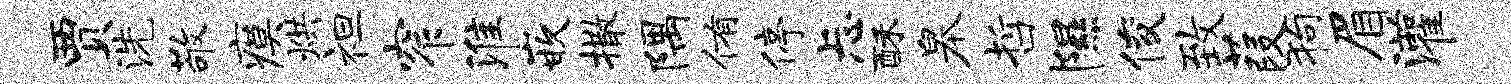
贾洗敬瘼烘袒窄淮嵌撒隅侑停忐酥皋哲隰俊致葭狗眉灌